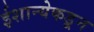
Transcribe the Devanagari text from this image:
ईशान्येकडून